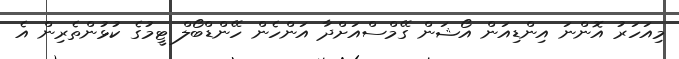
މިއަހަރު އޮންނަ އިންޑިއަން އޯޝަން ގޭމްސްއަށްދާ އަންހެން ހޭންޑްބޯލް ޓީމުގެ ކުޅުންތެރިން އެ